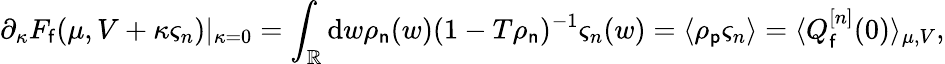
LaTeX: \partial_{\kappa}F_{\mathsf{f}}(\mu,V+\kappa\varsigma_{n})|_{\kappa=0}=\int_{\mathbb{R}}\mathrm{d}w\rho_{\mathsf{n}}(w)(1-T\rho_{\mathsf{n}})^{-1}\varsigma_{n}(w)=\langle\rho_{\mathsf{p}}\varsigma_{n}\rangle=\langle Q_{\mathsf{f}}^{[n]}(0)\rangle_{\mu,V},